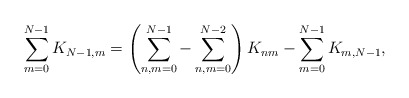
\begin{align*}\sum_{m=0}^{N-1}K_{N-1,m}=\left(\sum_{n,m=0}^{N-1}-\sum_{n,m=0}^{N-2}\right)K_{nm}-\sum_{m=0}^{N-1}K_{m,N-1},\end{align*}